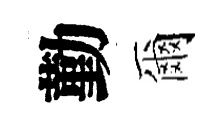
勤爾